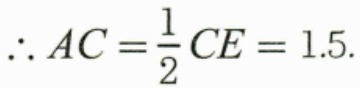
\(\therefore AC=\frac{1}{2}CE = 1.5\).